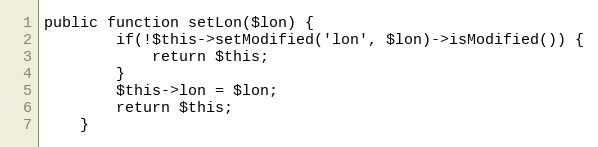
Language: PHP
public function setLon($lon) {
        if(!$this->setModified('lon', $lon)->isModified()) {
            return $this;
        }
		$this->lon = $lon;
		return $this;
    }